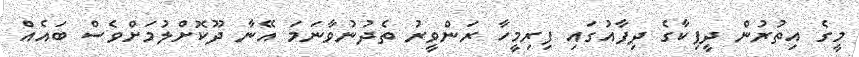
މީގެ އިތުރުން ދީޕިކާގެ ދިފާއުގައި ފިރިމީހާ ރަންވީރު ތެދުނުވާނަމަ އޭނާ ދޫކޮށްލުމަށްވެސް ބައެއް